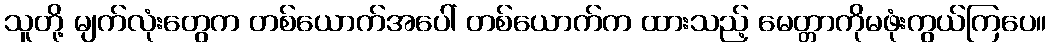
သူတို့ မျက်လုံးတွေက တစ်ယောက်အပေါ် တစ်ယောက်က ထားသည့် မေတ္တာကိုမဖုံးကွယ်ကြပေ။